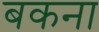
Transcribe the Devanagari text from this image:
बकना